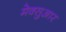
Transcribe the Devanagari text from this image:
मेक्सुआर